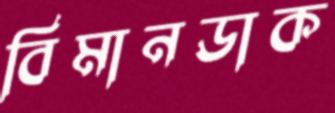
বিমানডাক